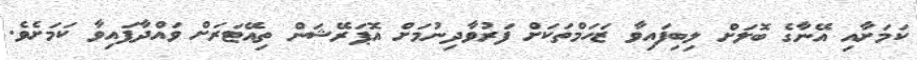
ކަމަށާއި އޭނާގެ ބޮލަށް ލިބިފައިވާ ޒަހަމްތަކަށް ފަރުވާދިނުމަށް އޮޕަރޭޝަން ތިއޭޓަރަަށް ވައްދާފައިވާ ކަމަށެވެ.